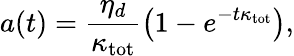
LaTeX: a(t)=\frac{\eta_{d}}{\kappa_{\mathrm{tot}}}\left(1-e^{-t\kappa_{\mathrm{tot}}}\right),